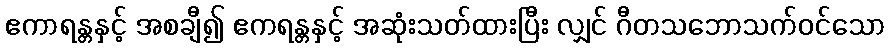
ဧကာရန္တနှင့် အစချီ၍ ဧကရန္တနှင့် အဆုံးသတ်ထားပြီး လျှင် ဂီတသဘောသက်ဝင်သော